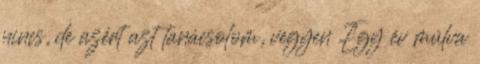
nincs, de azért azt tanácsolom, vegyen Egy év múlva